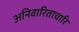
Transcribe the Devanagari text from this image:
अनिवारिताचारि